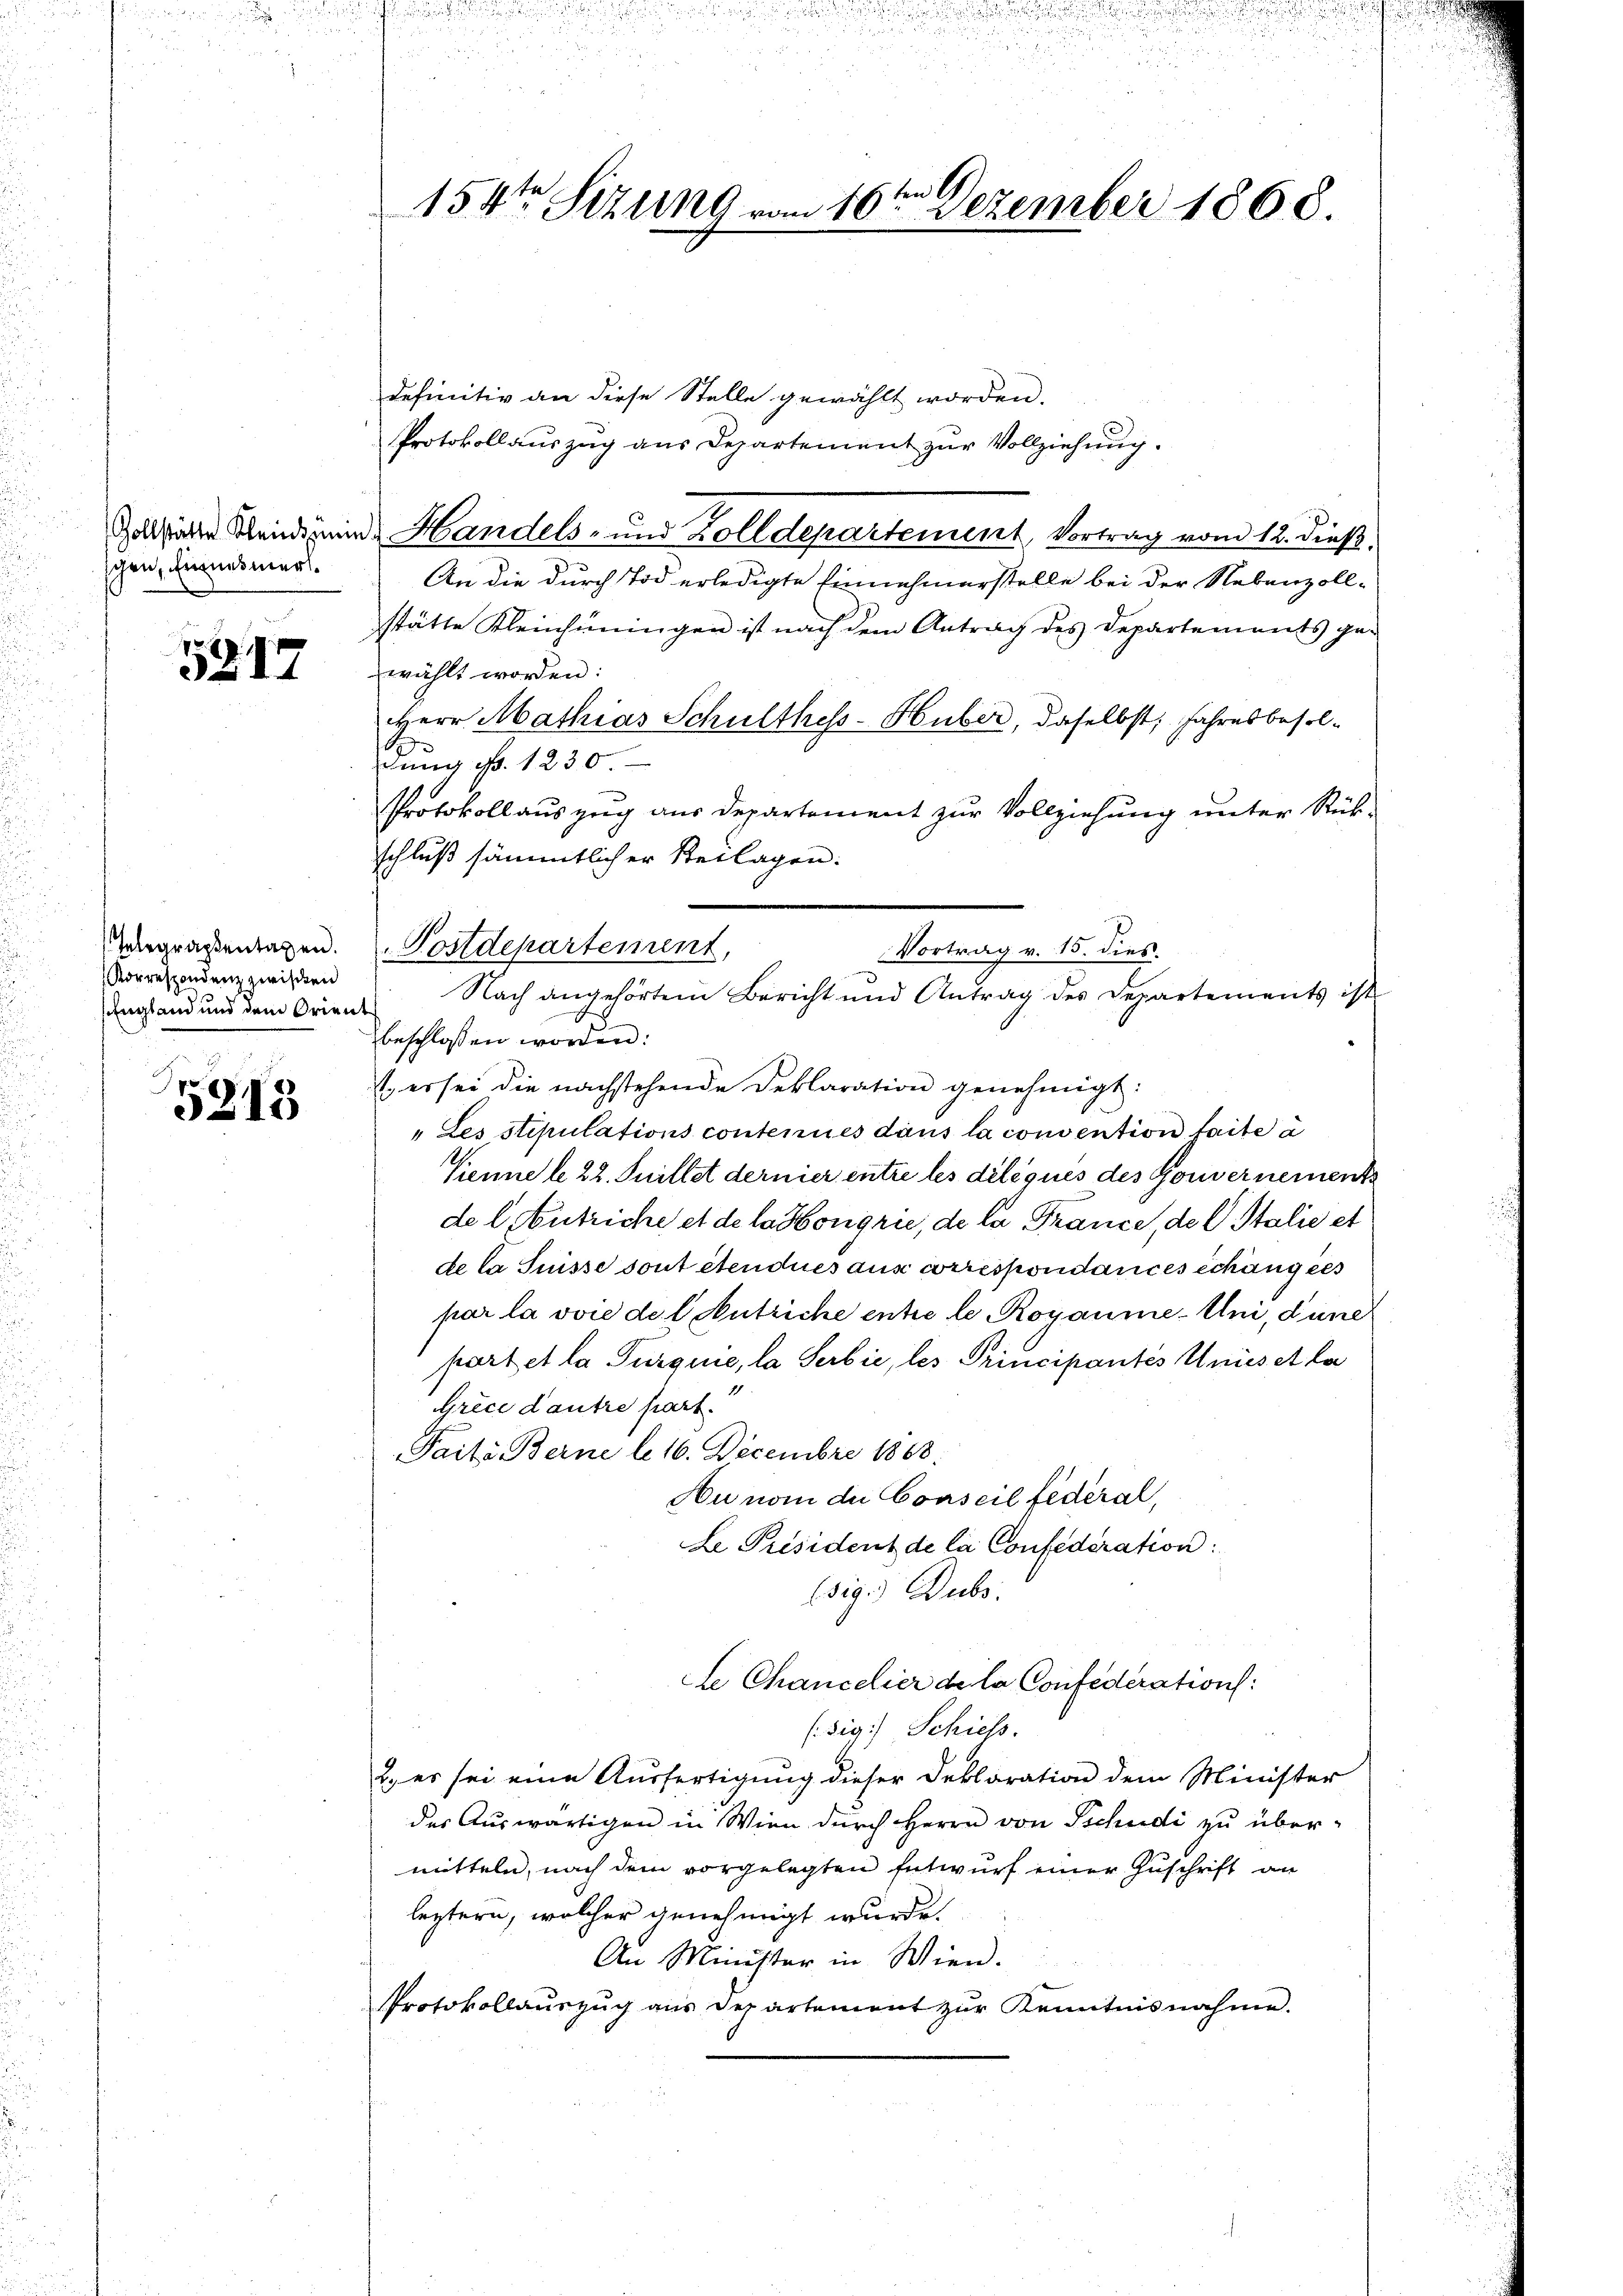
schen, Einnesmerk¬

5317

Telegraphentagen.
Korrespondenz zwischen
England und dem Orient

5213

in 1
154ten Sizung vom 10. Dezember 1868.

definitiv an diese Stelle gewählt worden.
Protokollauszug aus Departement zur Vollziehung.
Zollirte Klein eine Handels- und Zolldepartement, Vortrag vom 12. dieß,
An die durch Tod erledigte Einnehmerstelle bei der Nebenzoll-
stätte Kleinhüningen ist nach dem Antrag des Departements ge-
wählt worden:
Herr Mathias Schulthess-Huber, daselbst, Jahresbesoldung Nr. 1230.
Protokoll auszug aus Departement zur Vollziehung unter Rück-
schluß sämmtlicher Beilagen:
" Les stipulations contenues dans la convention faite à
Kienne le 22. Juillet dernier entre les délégués des Gouvernements
de lutriche et de la Honigrie, de la France, des Stalie et
de la Suisse sont étendues aus correspondances échang des
par la voie del Antriche entre le Royaume-Uni, dane
partet la Turquić, la Serbie, les Principantes Unies et la
Grice dautre part.
Paite Berne lo 16. Decembre 1868.
Au nom die Conseil fédéral,
Le Président de la Confederation
(sig.) Dubs
te Chancelier de la Confederation:
(sig.) Schiess.
2. es sei eine Ausfertigung dieser Deklaration dem Minister
der Auswärtigen in Wien durch Herrn von Schudi zu über-
mitteln, nach dem vorgelegten Entwurf einer Zuschrift an
leztern, welcher genehmigt wurde.
An Minister in Wien.
Protokollauszug aus Departement zŭr Kenntnisnahme.

Postdepartement,
Vortrag v. 15. dies.
Nach angehörtem Bericht und Antrag des Departements ist
beschlossen worden:
t. es sei die nachstehende Deklaration genehmigt: